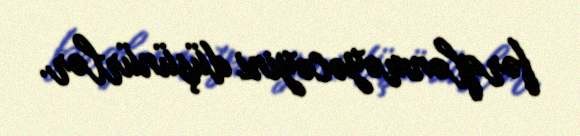
fərqlənməyəcəyini düşünürlər.